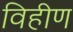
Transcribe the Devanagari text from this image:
विहीण